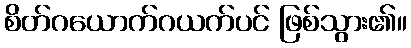
စိတ်ဂယောက်ဂယက်ပင် ဖြစ်သွား၏။